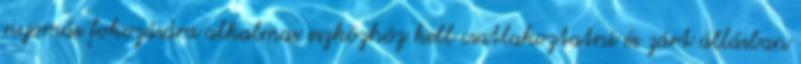
nyomás fokozására alkalmas eszközhöz kell csatlakoztatni és zárt állásban